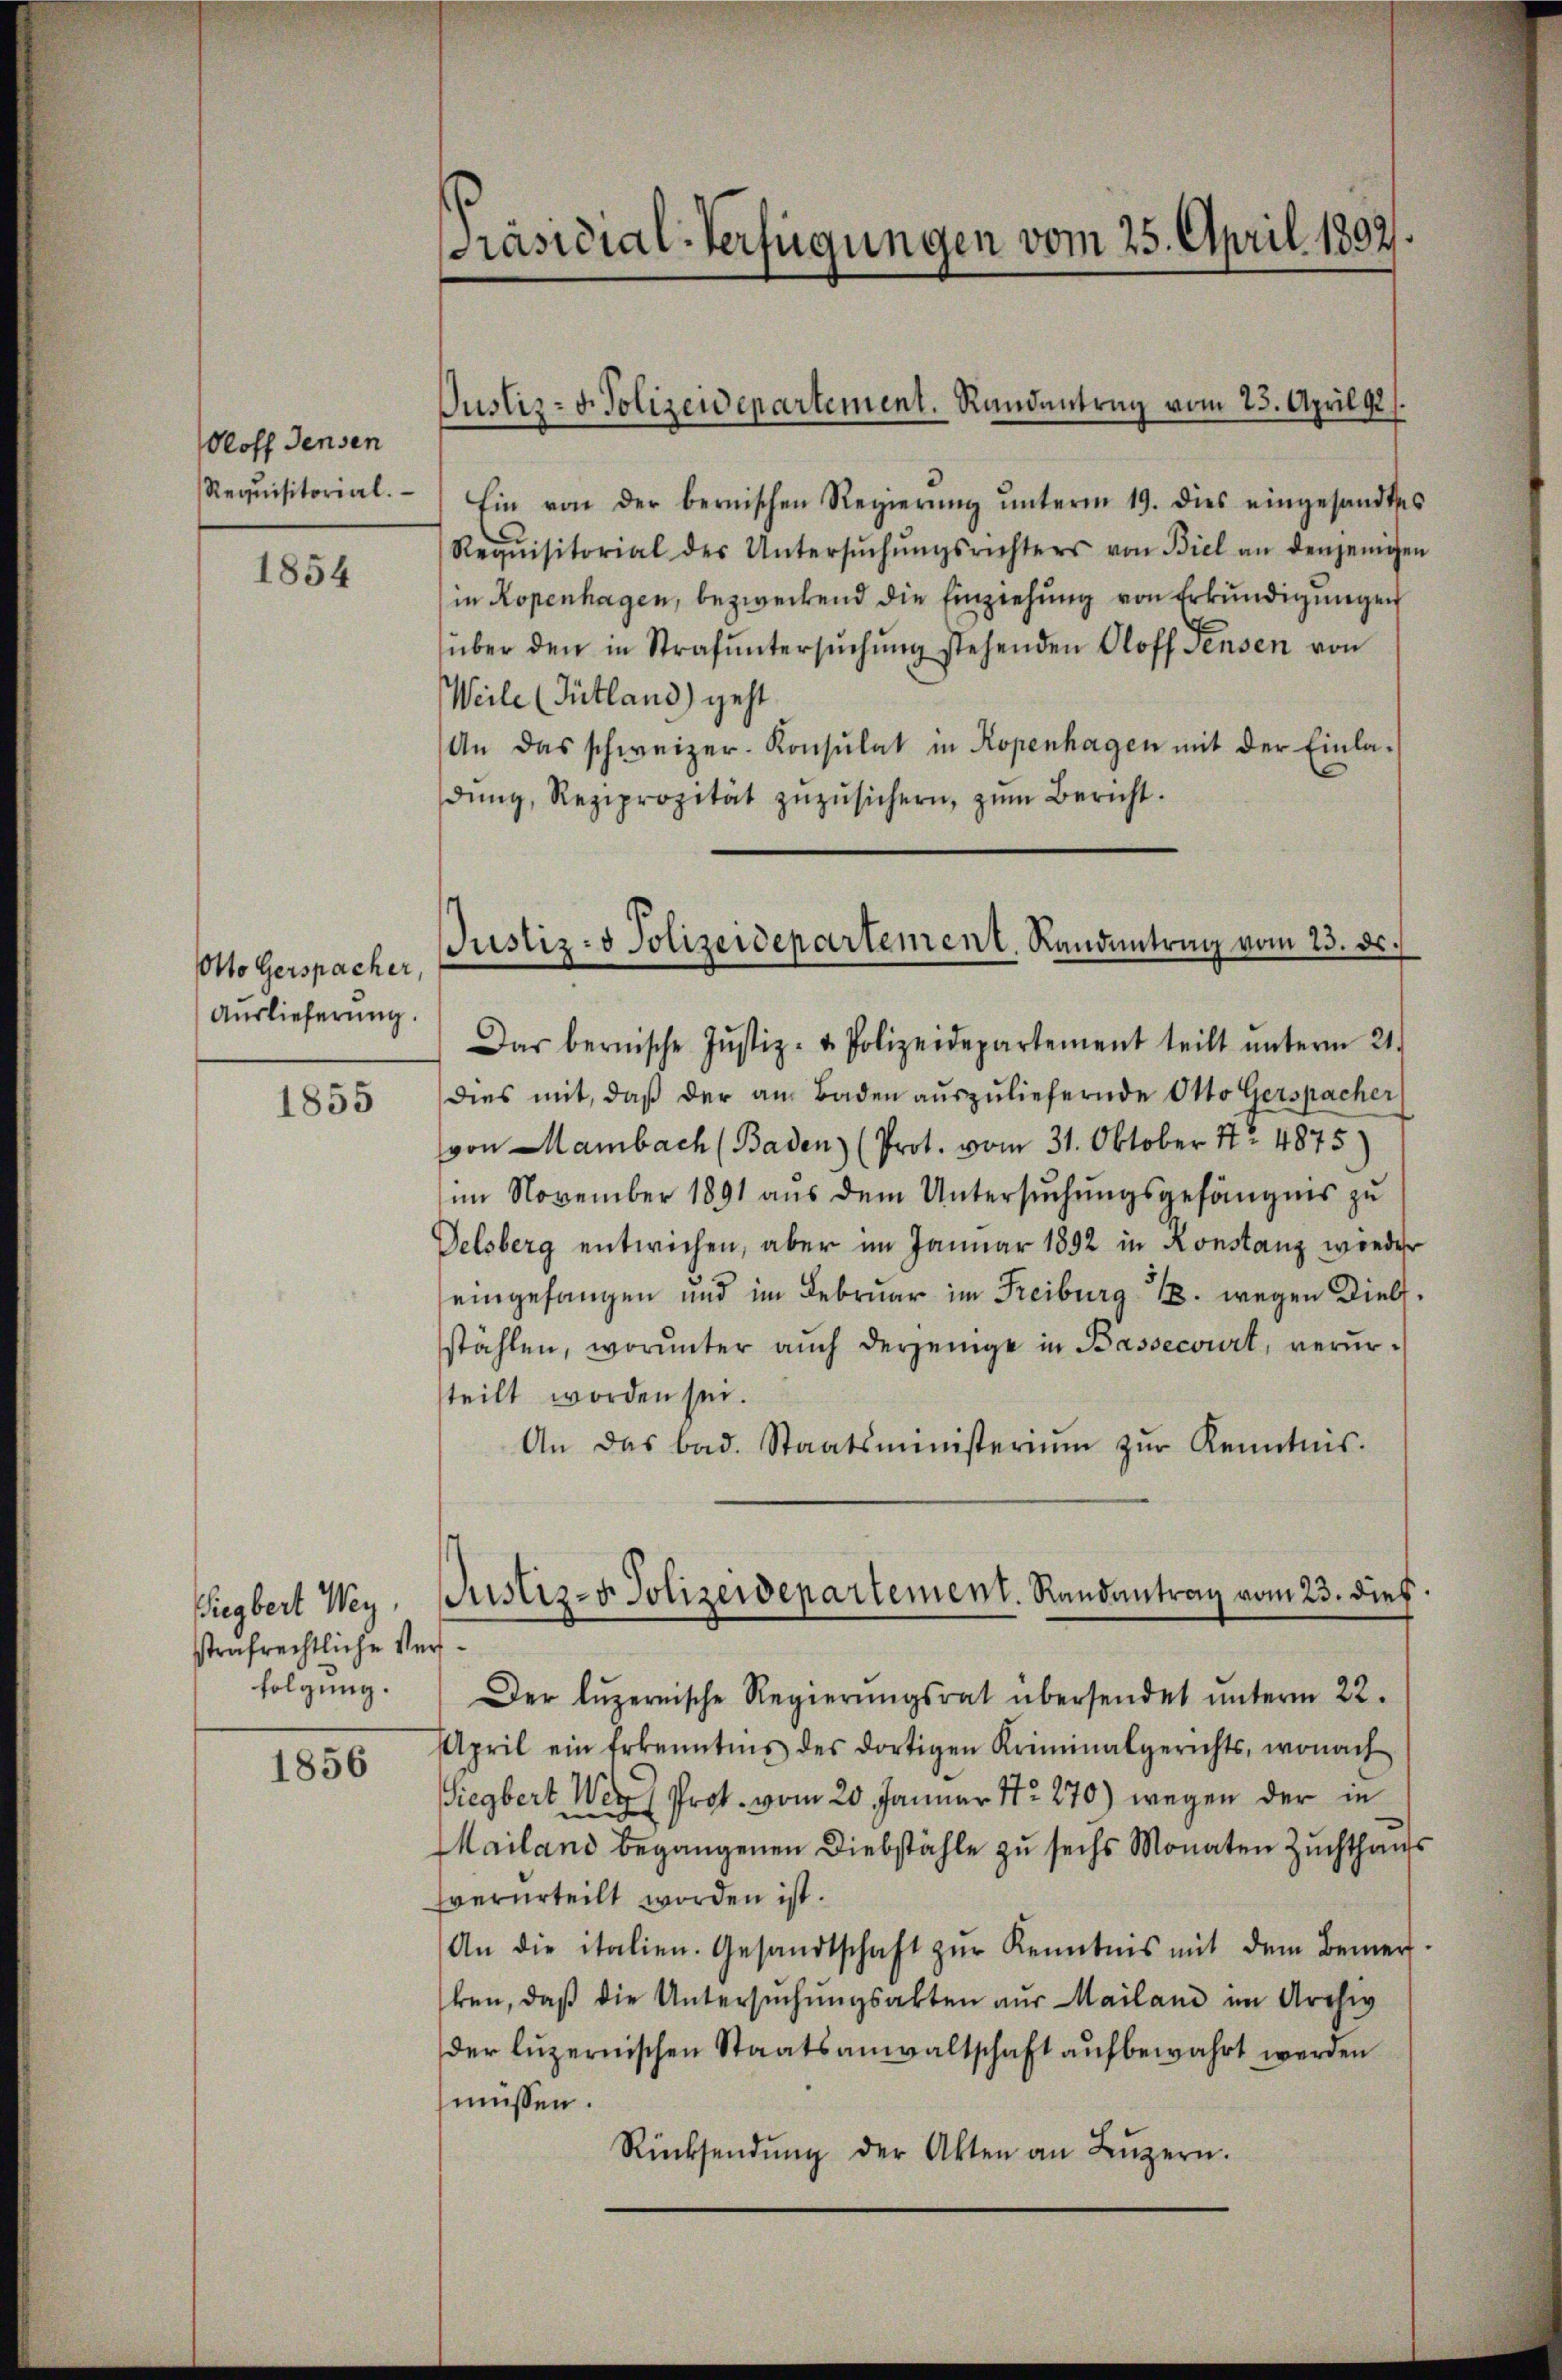
dloff densen
Requisitorial.

1854

Otto Gerspacher,
Auslieferung.

1855

Eiegbert Wey
strafrechtliche Ve
folgung.

1856

Präsidial-Verfügungen vom 25. April 1892.

Justiz- u. Polizeidepartement. Randantrag vom 25. April d.

Justiz- & Polizeidepartement. Landantrag vom 23. ds.

Ein von der bernischen Regierŭng ŭnterm 19. dies eingesandtes
Requisitorial des Untersŭchŭngsrichters von Biel an denjeniger
in Kopenhagen, bezweckend die Einziehung von Erkundigungen
über den in Strafŭntersŭchŭng stehenden Oloff Sensen von
Weile (Tütland) geht.
An das schweizer-Konsulat in Kopenhagen mit der Einladŭng, Reziprozität zŭzŭsichern, zŭm Bericht.
Das bernische Justiz- & Polizeidepartement teilt ŭnterm 21.
dies mit, daß der am Baden auszuliefernde Otto Gerspacher
von Hambach (Baden (Prot. vom 31. Oktober 17. 4875)
im November 1891 aus dem Untersŭchŭngsgefängnis zu
Delsberg entwichen, aber im Januar 1892 in Konstanz wieder
eingefangen und im Februar im Freiburg 18. wegen Diels,
stählen, worunter auch derjenige in Bassecourt, verursteilt worden sei.
An das bad. Staatsministeriŭm zŭr Kenntnis.
f
Der luzernische Regierŭngsrat übersendet ŭnterm 22.
April ein Erkenntnis des dortigen Kriminalgerichts, wonach
iegbert Wert Prot. vom 20. Januar 172. 270) wegen der in
Mailand begangenen Diebstähle zu sechs Monaten Zuchthaus
verurteilt worden ist.
An die italien. Gesandtschaft zŭr Kenntnis mit dem Bemer-
ken, daß die Untersŭchŭngsakten aus Mailand im Archiv
der luzernischen Staatsanwaltschaft aufbewahrt werden
müssen.
Rücksendŭng der Akten an Lŭzern.

Justiz- & Polizeidepartement. Randantrag vom 23. dies